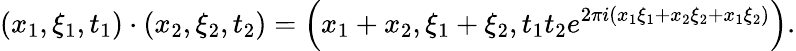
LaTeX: \left(x_{1},\xi_{1},t_{1}\right)\cdot\left(x_{2},\xi_{2},t_{2}\right)=\left(x_{1}+x_{2},\xi_{1}+\xi_{2},t_{1}t_{2}e^{2\pi i\left(x_{1}\xi_{1}+x_{2}\xi_{2}+x_{1}\xi_{2}\right)}\right).